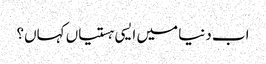
اب دنیا میں ایسی ہستیاں کہاں؟